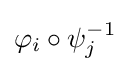
\varphi _{i}\circ \psi _{j}^{-1}